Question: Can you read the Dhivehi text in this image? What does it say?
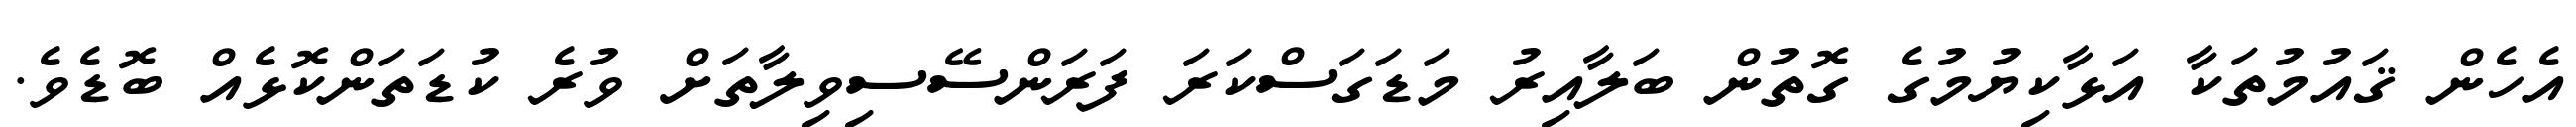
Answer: އެހެން ޤައުމުތަކާ އަޅާކިޔުމުގެ ގޮތުން ބަލާއިރު މަޑަގަސްކަރަ ފަރަންސޭސިވިލާތަށް ވުރެ ކުޑަތަންކޮޅެއް ބޮޑެވެ.